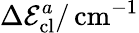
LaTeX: \Delta\mathcal{E}_{\mathrm{cl}}^{a}/\, \mathrm{cm}^{-1}